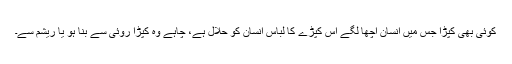
کوئی بھی کپڑا جس میں انسان اچھا لگے اس کپڑے کا لباس انسان کو حلال ہے، چاہے وہ کپڑا روئی سے بنا ہو یا ریشم سے۔